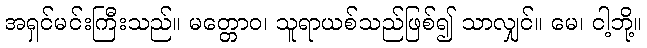
အရှင်မင်းကြီးသည်။ မတ္တောဝ၊ သူရာယစ်သည်ဖြစ်၍ သာလျှင်။ မေ၊ ငါ့ဘို့။